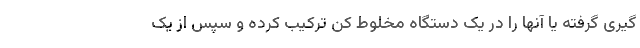
گیری گرفته یا آنها را در یک دستگاه مخلوط کن ترکیب کرده و سپس از یک